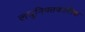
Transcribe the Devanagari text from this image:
लघुनियतकालिक